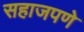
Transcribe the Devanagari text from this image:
सहाजपणे